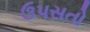
ઉપસતો